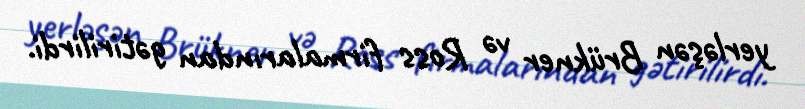
yerləşən Brükner və Ross firmalarından gətirilirdi.